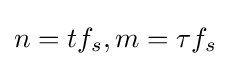
n=t{f}_{s},m={\tau }{f}_{s}